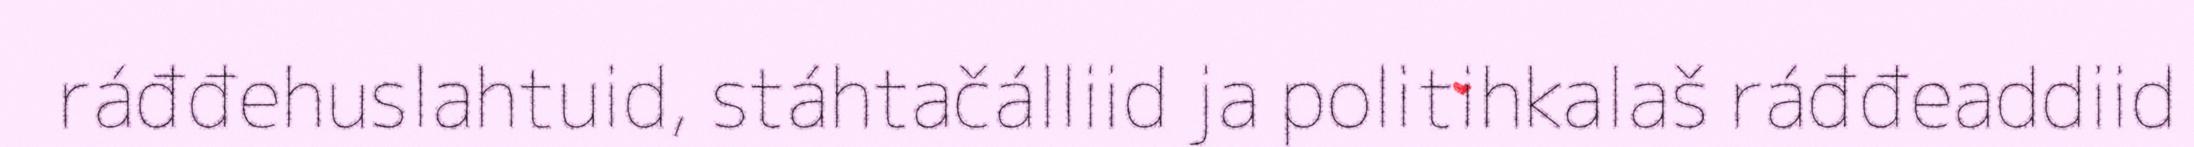
ráđđehuslahtuid, stáhtačálliid ja politihkalaš ráđđeaddiid